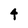
Character: 4